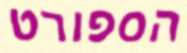
הספורט